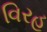
વિરહ